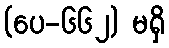
(ပေ-၆၆၂) မရှိ